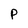
Character: P